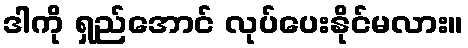
ဒါကို ရှည်အောင် လုပ်ပေးနိုင်မလား။